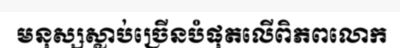
មនុស្សស្លាប់ច្រើនបំផុតលើពិភពលោក